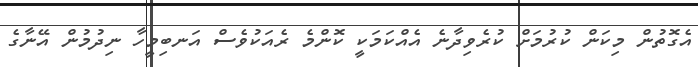
އެގޮތުން މިކަން ކުރުމަށް ކުރެވިދާނެ އެއްކަމަކީ ކޮންމެ ރެއަކުވެސް އަނބިމީހާ ނިދުމުން އޭނާގެ